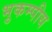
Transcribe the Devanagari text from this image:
भुकम्पीय